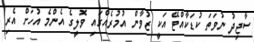
ސާޖިދު ނުވަތަ ކުޑަކާއްޓޭ އަކީ ޒުވާން އުމުރެއްގައި ވޮލީގެ އެންމެ އުހަށް އެރި